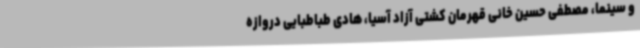
و سینما، مصطفی حسین خانی قهرمان کشتی آزاد آسیا، هادی طباطبایی دروازه